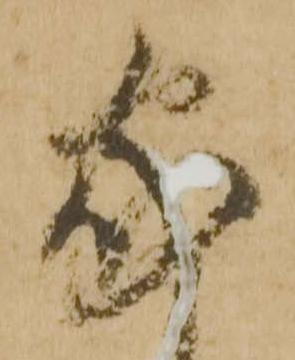
家